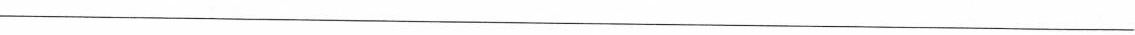
___